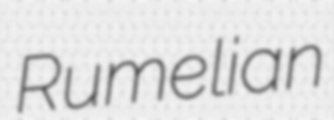
Rumelian